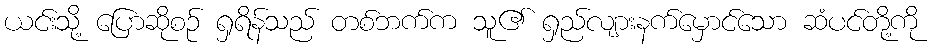
ယင်းသို့ ပြောဆိုစဉ် ရှရိန်သည် တစ်ဘက်က သူ၏ ရှည်လျားနက်မှောင်သော ဆံပင်တို့ကို